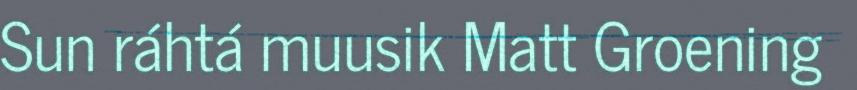
Sun ráhtá muusik Matt Groening